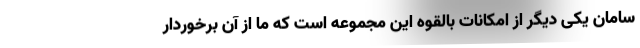
سامان یکی دیگر از امکانات بالقوه این مجموعه است که ما از آن برخوردار